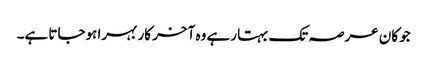
جو کان عرصہ تک بہتا رہے وہ آخر کار بہرا ہوجاتا ہے۔